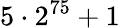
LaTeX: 5\cdot 2^{75}+1